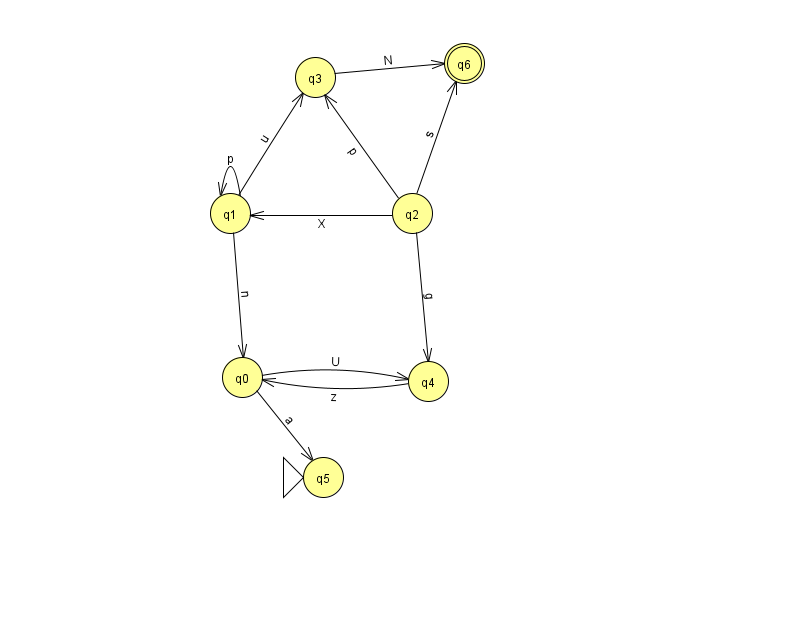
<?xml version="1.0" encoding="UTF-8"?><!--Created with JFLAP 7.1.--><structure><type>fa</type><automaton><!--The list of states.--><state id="0" name="q0"><x>242.0</x><y>364.0</y></state><state id="1" name="q1"><x>230.0</x><y>200.0</y></state><state id="2" name="q2"><x>412.0</x><y>200.0</y></state><state id="3" name="q3"><x>315.0</x><y>64.0</y></state><state id="4" name="q4"><x>428.0</x><y>368.0</y></state><state id="5" name="q5"><x>323.0</x><y>464.0</y><initial/></state><state id="6" name="q6"><x>464.0</x><y>50.0</y><final/></state><!--The list of transitions.--><transition><from>0</from><to>4</to><read>U</read></transition><transition><from>1</from><to>1</to><read>p</read></transition><transition><from>1</from><to>3</to><read>u</read></transition><transition><from>2</from><to>1</to><read>X</read></transition><transition><from>1</from><to>0</to><read>n</read></transition><transition><from>2</from><to>6</to><read>s</read></transition><transition><from>3</from><to>6</to><read>N</read></transition><transition><from>0</from><to>5</to><read>a</read></transition><transition><from>2</from><to>4</to><read>g</read></transition><transition><from>2</from><to>3</to><read>p</read></transition><transition><from>4</from><to>0</to><read>z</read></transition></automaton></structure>